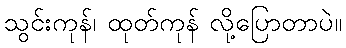
သွင်းကုန်၊ ထုတ်ကုန် လို့ပြောတာပဲ။